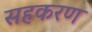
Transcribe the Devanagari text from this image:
सहकरण